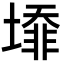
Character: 𡐥